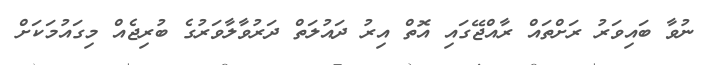
ނުވާ ބައިވަރު ރަށްތައް ރާއްޖޭގައި އޮތް އިރު ދައުލަތް ދަރުވާލާވަރުގެ ބުރިޖެއް މިގައުމަކަށް